Indian Medical Review
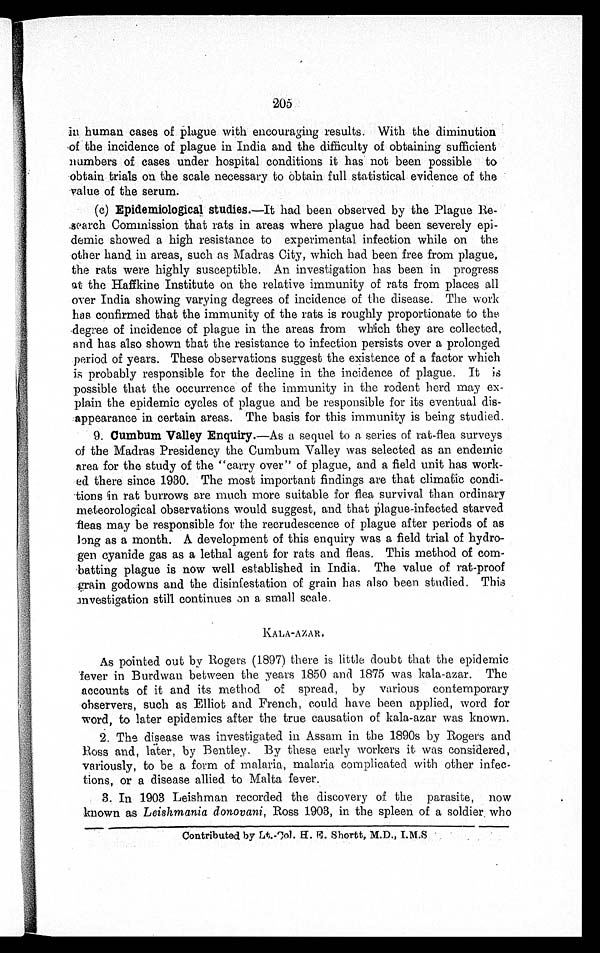
205
in human cases of plague with encouraging results. With the diminution
of the incidence of plague in India and the difficulty of obtaining sufficient
numbers of cases under hospital conditions it has not been possible to
obtain trials on the scale necessary to obtain full statistical evidence of the
value of the serum.
(c) Epidemiological studies. —It had been observed by the Plague
Research Commission that rats in areas where plague had been severely epi
-demic showed a high resistance to experimental infection while on the
other hand in areas, such as Madras City, which had been free from plague,
the rats were highly susceptible. An investigation has been in progress
at the Haffkine Institute on the relative immunity of rats from places all
over India showing varying degrees of incidence of the disease. The work
has confirmed that the immunity of the rats is roughly proportionate to the
degree of incidence of plague in the areas from which they are collected,
and has also shown that the resistance to infection persists over a prolonged
period of years. These observations suggest the existence of a factor which
is probably responsible for the decline in the incidence of plague. It is
possible that the occurrence of the immunity in the rodent herd may ex
-plain the epidemic cycles of plague and be responsible for its eventual dis
-appearance in certain areas. The basis for this immunity is being studied.
9. Cumbum Valley Enquiry. —As a sequel to a series of rat-flea surveys
of the Madras Presidency the Cumbum Valley was selected as an endemic
area for the study of the "carry over" of plague, and a field unit has work
-ed there since 1930. The most important findings are that climatic condi
- t i o n s i n r a t b u r r o w s a r e m u c h m o r e s u i t a b l e f o r f l e a s u r v i v a l t h a n o r d i n a r y
meteorological observations would suggest, and that Plague-infected starved
fleas may be responsible for the recrudescence of plague after periods of as
long as a month. A development of this enquiry was a field trial of hydro
-gen cyanide gas as a lethal agent for rats and fleas. This method of
combatting plague is now well established in India. The value of rat-proof
grain godowns and the disinfestation of grain has also been studied. This
investigation still continues on a small scale.
KALA-AZAR.
As pointed out by Rogers (1897) there is little doubt that the epidemic
fever in Burdwan between the years 1850 and 1875 was kala-azar. The
accounts of it and its method of spread, by various contemporary
observers, such as Elliot and French, could have been applied, word for
word, to later epidemics after the true causation of kala-azar was known.
2. The disease was investigated in Assam in the 1890s by Rogers and
Ross and, later, by Bentley. By these early workers it was considered,
variously, to be a form of malaria, malaria complicated with other infec
- t i o n s , o r a d i s e a s e a l l i e d t o M a l t a f e v e r .
3. In 1903 Leishman recorded the discovery of the parasite, now
known as Leishmania donovani , Ross 1903, in the spleen of a soldier . who
Contributed by Lt-Col. H. E. Shortt, M.D., I.M.S